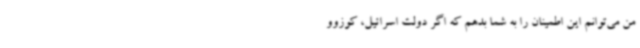
من می‌توانم این اطمینان را به شما بدهم که اگر دولت اسرائیل، کوزوو